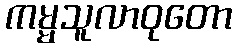
ကမ္မသူလာဝုတော